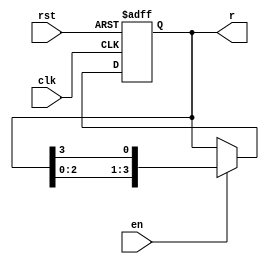

`timescale 1ns/1ns

module ring_counter(clk,rst,r,en);
input clk, rst, en;
output reg [3:0] r; 
always @(posedge clk or posedge rst)begin
	if (rst)begin
		r<=4'b0001;
	end
	else if (en) begin 
		r<={r[2],r[1],r[0],r[3]};
	end
	end
endmodule